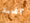
هضبة